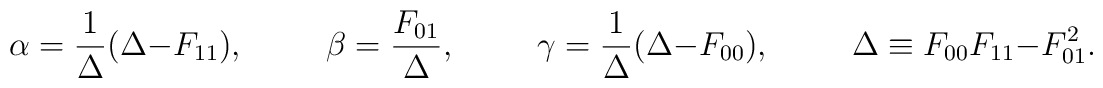
\alpha = \frac{1}{\Delta} (\Delta - F_{11}), \hspace{0.4in} \beta = \frac{F_{01}}{\Delta}, \hspace{0.4in} \gamma = \frac{1}{\Delta} (\Delta - F_{00} ), \hspace{0.4in} \Delta \equiv F_{00} F_{11} - F_{01}^2.